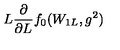
L \frac { \partial } { \partial L } f _ { 0 } ( W _ { 1 L } , g ^ { 2 } )